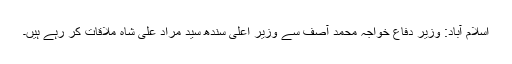
اسلام آباد: وزیر دفاع خواجہ محمد آصف سے وزیر اعلیٰ سندھ سید مراد علی شاہ ملاقات کر رہے ہیں۔